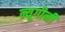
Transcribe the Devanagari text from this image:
न्यूगीनी